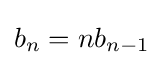
b_{n}=nb_{n-1}